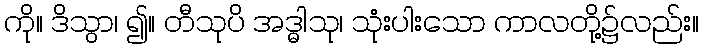
ကို။ ဒိသွာ၊ ၍။ တီသုပိ အဒ္ဓါသု၊ သုံးပါးသော ကာလတို့၌လည်း။